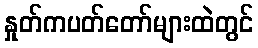
နှုတ်ကပတ်တော်များထဲတွင်